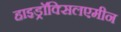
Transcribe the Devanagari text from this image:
हाइड्राॅक्सिलएमीन